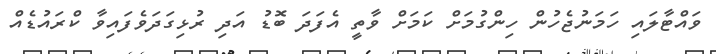
ވައްޓާލައި ހަމަނުޖެހުން ހިންގުމަށް ކަމަށް ވާތީ އެފަދަ ބޮޑު އަދި ރުޅިގަދަވެފައިވާ ކްރައުޑެއް